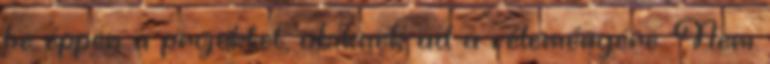
be éppen a projektet, akiknek ad a véleményére. Nem